Report of the Hyderabad Chloroform Commission
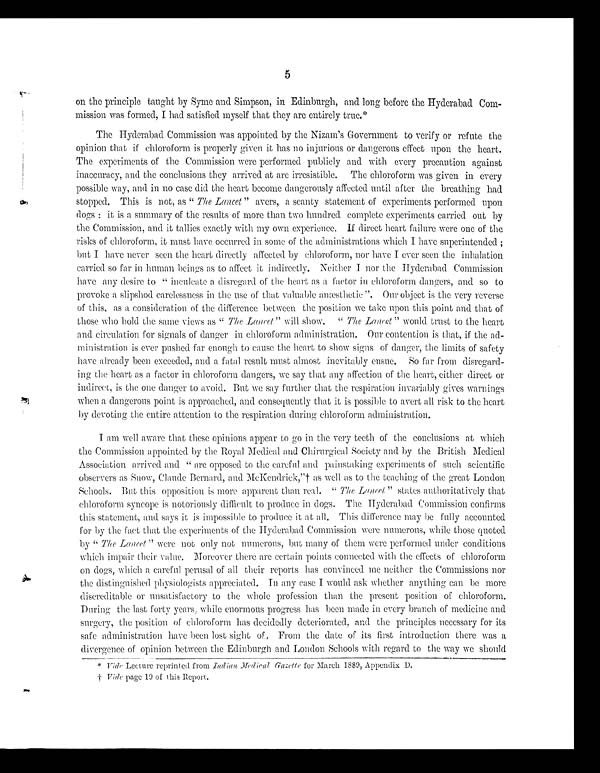
5
on the principle taught by Syme and Simpson, in Edinburgh, and long before the Hyderabad Com-
mission was formed, I had satisfied myself that they are entirely true.*
The Hyderabad Commission was appointed by the Nizam's Government to verify or refute the
opinion that if chloroform is properly given it has no injurious or dangerous effect upon the heart.
The experiments of the Commission were performed publicly and with every precaution against
inaccuracy, and the conclusions they arrived at are irresistible. The chloroform was given in every
possible way, and in no case did the heart become dangerously affected until after the breathing had
stopped. This is not, as " The Lancet" avers, a scanty statement of experiments performed upon
dogs : it is a summary of the results of more than two hundred complete experiments carried out by
the Commission, and it tallies exactly with my own experience. If direct heart failure were one of the
risks of chloroform, it must have occurred in some of the administrations which I have superintended ;
but I have never seen the heart directly affected by chloroform, nor have I ever seen the inhalation
carried so far in human beings as to affect it indirectly. Neither I nor the Hyderabad Commission
have any desire to '' inculcate a disregard of the heart as a factor in chloroform dangers, and so to
provoke a slipshod carelessness in the use of that valuable anesthetic ". Our object is the very reverse
of this, as a consideration of the difference between the position we take upon this point and that of
those who hold the same views as " The .Lancet" will show. " The Lancet" would trust to the heart
and circulation for signals of danger in chloroform administration. Our contention is that, if the ad-
ministration is ever pushed far enough to cause the heart to show signs of danger, the limits of safety
have already been exceeded, and a fatal result must almost inevitably ensue. So far from disregard-
ing the heart as a factor in chloroform dangers, we say that any affection of the heart, either direct or
indirect, is the one danger to avoid. But we say further that the respiration invariably gives warnings
when a dangerous point is approached, and consequently that it is possible to avert all risk to the heart
by devoting the entire attention to the respiration during chloroform administration.
I am well aware that these opinions appear to go in the very teeth of the conclusions at which
the Commission appointed by the Royal Medical and Chirurgical Society and by the British Medical
Association arrived and " are opposed to the careful and painstaking experiments of such scientific
observers as Snow, Claude Bernard, and McKendrick,"† as well as to the teaching of the great London
Schools. But this opposition is more apparent than real. " The Lancet " states authoritatively that
chloroform syncope is notoriously difficult to produce in dogs. The - Hyderabad Commission confirms
this statement, and says it is impossible to produce it at all. This difference may be fully accounted
for by the fact that the experiments of the Hyderabad Commission were numerous, while those quoted
by " The Lancet " were not only not numerous, but many of them were performed under conditions
which impair their value. Moreover there are certain points connected with the effects of chloroform
on dogs, which a careful perusal of all their reports has convinced me neither the Commissions nor
the distinguished physiologists appreciated. In any case I would ask whether anything can be more
discreditable or unsatisfactory to the whole profession than the present position of chloroform.
During the last forty years, while enormous progress has been made in every branch of medicine and
surgery, the position of chloroform has decidedly deteriorated, and the principles necessary for its
safe administration have been lost sight of., From the date of its first introduction there was a
divergence of opinion between the Edinburgh and London Schools with regard to the way we should
* Vide Lecture reprinted from Indian Medical Gazette for March 1889, Appendix D.
† vide page 19 of this Report.